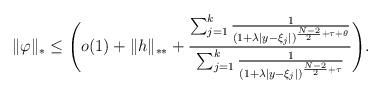
LaTeX: \begin{align*}\|\varphi\|_{ *}\leq\Bigg(o(1)+\|h\|_{ **}+\frac{\sum_{j=1}^{k}\frac{1}{(1+\lambda|y-\xi_{j}|)^{\frac{N-2}2+\tau+\theta}}}{\sum_{j=1}^{k}\frac{1}{(1+\lambda|y-\xi_{j}|)^{\frac{N-2}2+\tau}}}\Bigg). \end{align*}